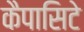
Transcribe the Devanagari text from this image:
कैपासिटे